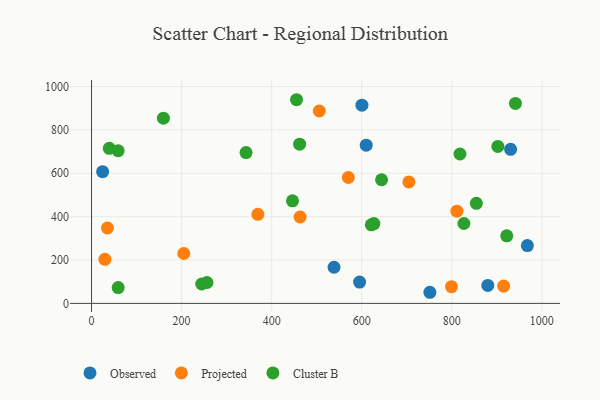
{"axis": {"x": "Engine Size", "y": "Demand"}, "legend": ["Cluster B", "Observed", "Projected"], "data": [{"x": "538.5", "y": 166.7, "type": "Observed"}, {"x": "751.4", "y": 51.2, "type": "Observed"}, {"x": "24.6", "y": 607.4, "type": "Observed"}, {"x": "600.5", "y": 914.3, "type": "Observed"}, {"x": "930.7", "y": 710.3, "type": "Observed"}, {"x": "595.3", "y": 98.2, "type": "Observed"}, {"x": "880.0", "y": 82.6, "type": "Observed"}, {"x": "967.9", "y": 266.7, "type": "Observed"}, {"x": "610.0", "y": 729.8, "type": "Observed"}, {"x": "570.2", "y": 580.6, "type": "Projected"}, {"x": "369.4", "y": 410.7, "type": "Projected"}, {"x": "29.7", "y": 203.2, "type": "Projected"}, {"x": "204.9", "y": 230.0, "type": "Projected"}, {"x": "505.7", "y": 887.3, "type": "Projected"}, {"x": "811.4", "y": 425.3, "type": "Projected"}, {"x": "799.4", "y": 77.1, "type": "Projected"}, {"x": "704.8", "y": 560.1, "type": "Projected"}, {"x": "35.3", "y": 347.6, "type": "Projected"}, {"x": "463.2", "y": 398.4, "type": "Projected"}, {"x": "915.2", "y": 79.6, "type": "Projected"}, {"x": "59.1", "y": 72.8, "type": "Cluster B"}, {"x": "826.9", "y": 368.3, "type": "Cluster B"}, {"x": "902.3", "y": 723.7, "type": "Cluster B"}, {"x": "818.2", "y": 688.9, "type": "Cluster B"}, {"x": "455.2", "y": 939.3, "type": "Cluster B"}, {"x": "39.4", "y": 715.2, "type": "Cluster B"}, {"x": "644.1", "y": 570.2, "type": "Cluster B"}, {"x": "159.6", "y": 854.0, "type": "Cluster B"}, {"x": "343.1", "y": 695.4, "type": "Cluster B"}, {"x": "462.1", "y": 734.2, "type": "Cluster B"}, {"x": "256.4", "y": 96.3, "type": "Cluster B"}, {"x": "941.4", "y": 922.1, "type": "Cluster B"}, {"x": "244.7", "y": 89.3, "type": "Cluster B"}, {"x": "446.3", "y": 472.8, "type": "Cluster B"}, {"x": "627.0", "y": 368.2, "type": "Cluster B"}, {"x": "59.1", "y": 704.0, "type": "Cluster B"}, {"x": "621.4", "y": 362.2, "type": "Cluster B"}, {"x": "854.6", "y": 461.6, "type": "Cluster B"}, {"x": "922.1", "y": 311.6, "type": "Cluster B"}]}